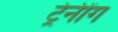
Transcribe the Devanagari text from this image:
ट्रेनींग